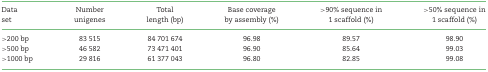
<table><thead><tr><td><b>Data</b></td><td><b>Number</b></td><td><b>Total</b></td><td><b>Base coverage</b></td><td><b>&gt;90% sequence in</b></td><td><b>&gt;50% sequence in</b></td></tr><tr><td><b>set</b></td><td><b>unigenes</b></td><td><b>length (bp)</b></td><td><b>by assembly (%)</b></td><td><b>1 scaffold (%)</b></td><td><b>1 scaffold (%)</b></td></tr></thead><tbody><tr><td>&gt;200 bp</td><td>83 515</td><td>84 701 674</td><td>96.98</td><td>89.57</td><td>98.90</td></tr><tr><td>&gt;500 bp</td><td>46 582</td><td>73 471 401</td><td>96.90</td><td>85.64</td><td>99.03</td></tr><tr><td>&gt;1000 bp</td><td>29 816</td><td>61 377 043</td><td>96.80</td><td>82.85</td><td>99.08</td></tr></tbody></table>